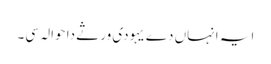
ایہ انہاں دے یہودی ورثے دا حوالہ سی۔